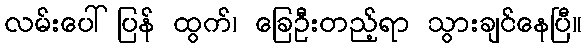
လမ်းပေါ်ပြန် ထွက်၊ ခြေဦးတည့်ရာ သွားချင်နေပြီ။